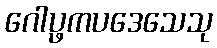
ဂေါပ္ဖကပဒေသေသု